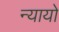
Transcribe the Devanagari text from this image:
न्यायो